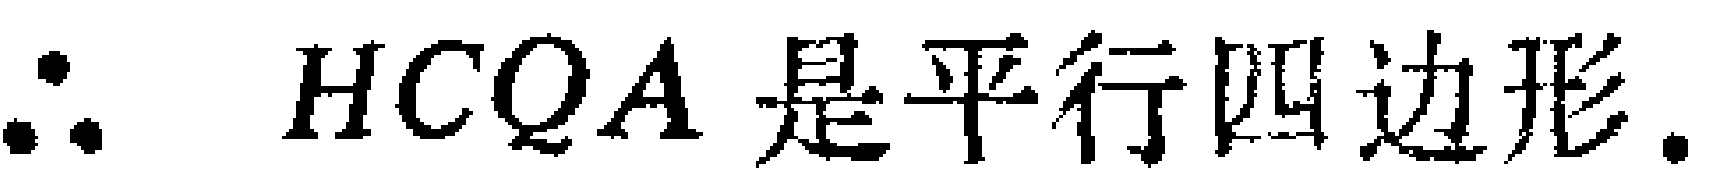
$\therefore\ HCOA\text{ 是平行四边形}.$